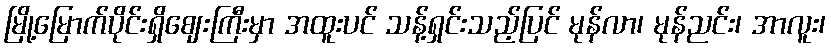
မြို့မြောက်ပိုင်းရှိဈေးကြီးမှာ အထူးပင် သန့်ရှင်းသည့်ပြင် မုန်လာ၊ မုန်ညင်း၊ အာလူး၊